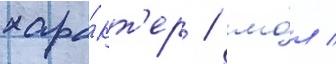
хара́кт'ер / мо́л /